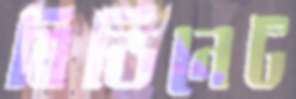
বিডিনেট